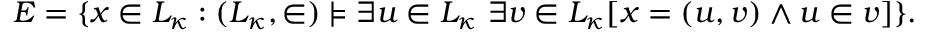
E = \{ x \in L _ { \kappa } : ( L _ { \kappa } , \in ) \models \exists u \in L _ { \kappa } \ \exists v \in L _ { \kappa } [ x = ( u , v ) \land u \in v ] \} .